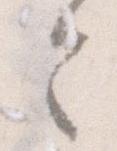
令